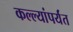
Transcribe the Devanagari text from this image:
कल्ल्यांपर्यंत